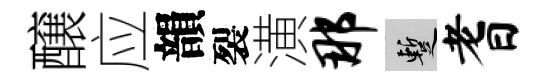
醸应韻裂潢那暫耆